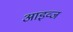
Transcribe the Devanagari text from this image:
आइव्ज